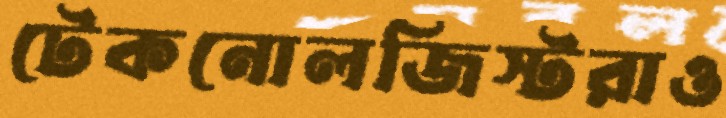
টেকনোলজিস্টরাও